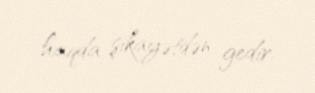
haqda şikayətdən gedir.